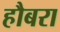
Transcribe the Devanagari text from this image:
हौबरा